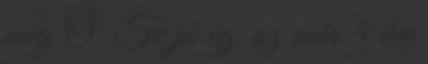
meg Ó, Te jó ég, az már 5 éve